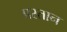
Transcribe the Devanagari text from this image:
प्रस्तान